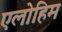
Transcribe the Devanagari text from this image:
एलोहिम